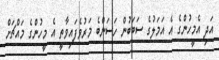
އަދި އެމީހުންގެ އެ އަމަލުގެ ސަބަބުން ހަސަންބެ މަރުވެފައިވާތީ އެ މީހުންގެ މައްޗަށް